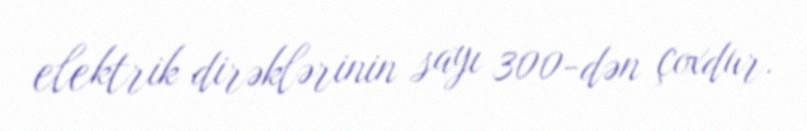
elektrik dirəklərinin sayı 300-dən çoxdur.